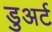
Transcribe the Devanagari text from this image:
डुअर्ट